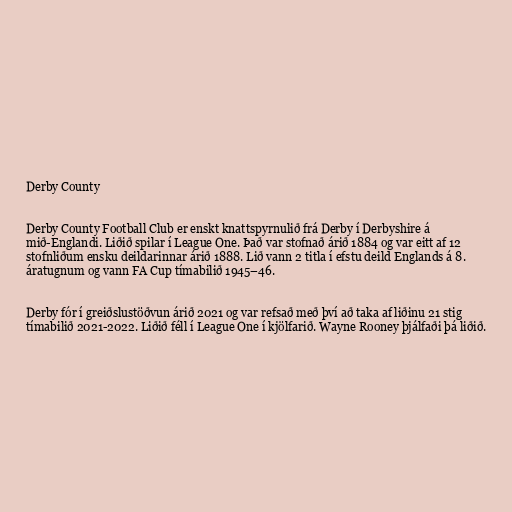
Derby County

Derby County Football Club er enskt knattspyrnulið frá Derby í Derbyshire á
mið-Englandi. Liðið spilar í League One. Það var stofnað árið 1884 og var eitt af 12
stofnliðum ensku deildarinnar árið 1888. Lið vann 2 titla í efstu deild Englands á 8.
áratugnum og vann FA Cup tímabilið 1945–46.

Derby fór í greiðslustöðvun árið 2021 og var refsað með því að taka af liðinu 21 stig
tímabilið 2021-2022. Liðið féll í League One í kjölfarið. Wayne Rooney þjálfaði þá liðið.